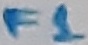
Text: F1